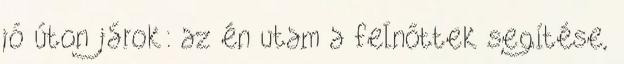
jó úton járok: az én utam a felnőttek segítése,